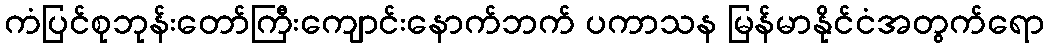
ကံပြင်စုဘုန်းတော်ကြီးကျောင်းနောက်ဘက် ပကာသန မြန်မာနိုင်ငံအတွက်ရော